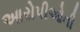
આરોપીઓની